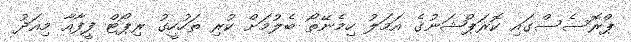
ޕްރޮސެސްގައި ކޮރަޕްޝަނުގެ އަމަލު ހިމެނޭތޯ ބެލުމަށް ކުރި ތަހުހީގު ރިޕޯޓް ފީފާއާ މިއަދު